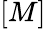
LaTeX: [M]